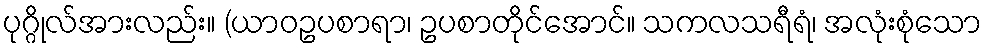
ပုဂ္ဂိုလ်အားလည်း။ (ယာဝဥပစာရာ၊ ဥပစာတိုင်အောင်။ သကလသရီရံ၊ အလုံးစုံသော